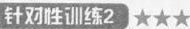
针对性训练2★★★